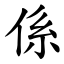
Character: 係